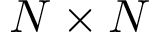
N \times N